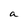
Character: a